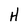
Character: H